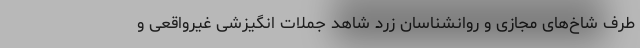
طرف شاخ‌های مجازی و روانشناسان زرد شاهد جملات انگیزشی غیرواقعی و